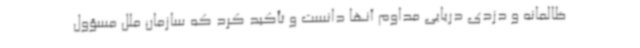
ظالمانه و دزدی دریایی مداوم آنها دانست و تأکید کرد که سازمان ملل مسؤول